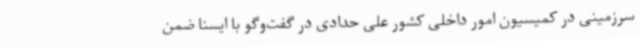
سرزمینی در کمیسیون امور داخلی کشور علی حدادی در گفت‌وگو با ایسنا ضمن